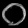
Digit: ၀